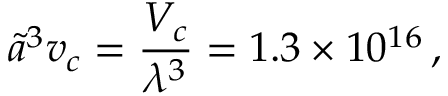
\tilde { a } ^ { 3 } v _ { c } = \frac { V _ { c } } { \lambda ^ { 3 } } = 1 . 3 \times 1 0 ^ { 1 6 } \, ,